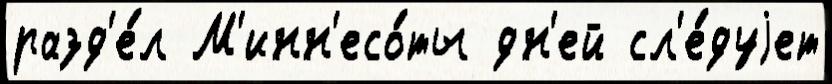
разд'е́л М'инн'есо́ты дн'ей сл'е́дуjет